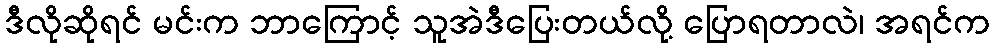
ဒီလိုဆိုရင် မင်းက ဘာကြောင့် သူအဲဒီပြေးတယ်လို့ ပြောရတာလဲ၊ အရင်က